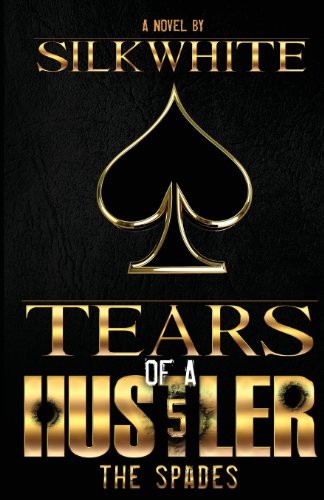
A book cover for Tears of a Hustler PT 5; Silk White; Literature & Fiction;